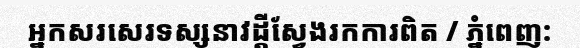
អ្នកសរសេរទស្សនាវដ្តីស្វែងរកការពិត / ភ្នំពេញ: